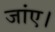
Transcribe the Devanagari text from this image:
जांए।